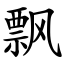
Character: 飘